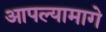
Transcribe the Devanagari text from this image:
आपल्यामागे